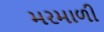
મરમાળી